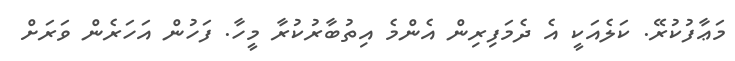
މަޢާފުކުރޭ. ކަލެއަކީ އެ ދެމަފިރިން އެންމެ އިތުބާރުކުރާ މީހާ. ފަހުން އަހަރެން ވަރަށް